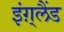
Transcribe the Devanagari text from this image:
इंग़्लैंड